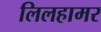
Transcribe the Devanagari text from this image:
लिलहामर